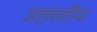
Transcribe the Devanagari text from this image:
उत्सवीय